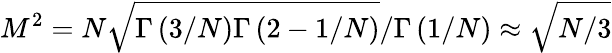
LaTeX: M^{2}=N\sqrt{\Gamma\left(3/N\right)\Gamma\left(2-1/N\right)}/\Gamma\left(1/N\right)\approx\sqrt{N/3}